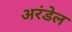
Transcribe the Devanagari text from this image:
अरंडेल